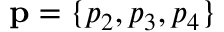
\mathbf { p } = \{ p _ { 2 } , p _ { 3 } , p _ { 4 } \}